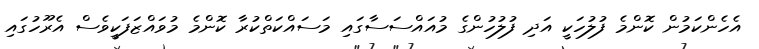
އެހެންކަމުން ކޮންމެ ފުލުހަކީ އަދި ފުލުހުންގެ މުއައްސަސާގައި މަސައްކަތްކުރާ ކޮންމެ މުވައްޒަފަކީވެސް އެރޫހުގައި